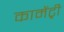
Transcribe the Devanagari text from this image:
कामेंट्री